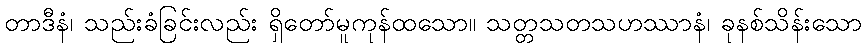
တာဒီနံ၊ သည်းခံခြင်းလည်း ရှိတော်မူကုန်ထသော။ သတ္တသတသဟဿာနံ၊ ခုနစ်သိန်းသော